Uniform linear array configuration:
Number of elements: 12
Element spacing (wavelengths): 0.25
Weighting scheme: cosine
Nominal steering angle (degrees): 45
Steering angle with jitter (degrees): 45.416
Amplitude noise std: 0.05
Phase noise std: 0.05

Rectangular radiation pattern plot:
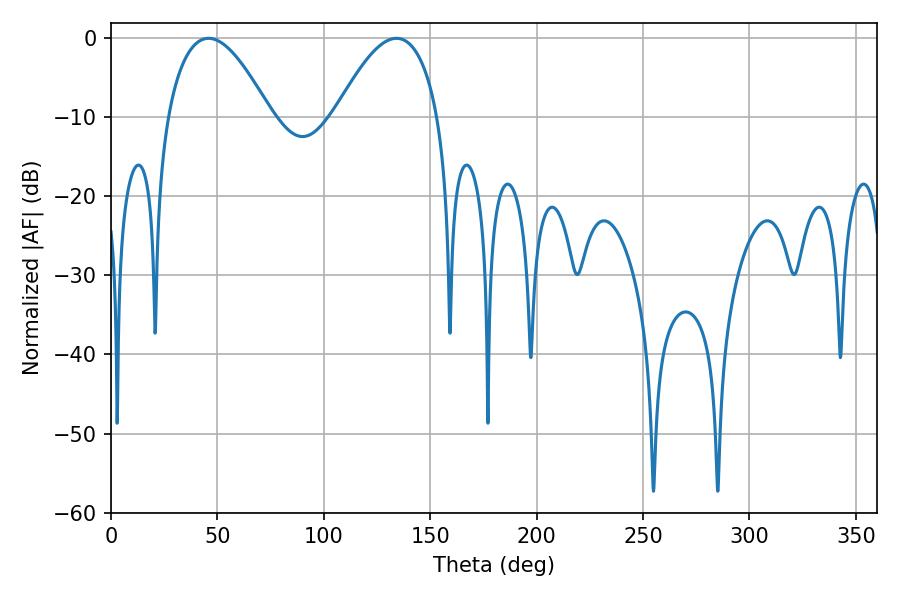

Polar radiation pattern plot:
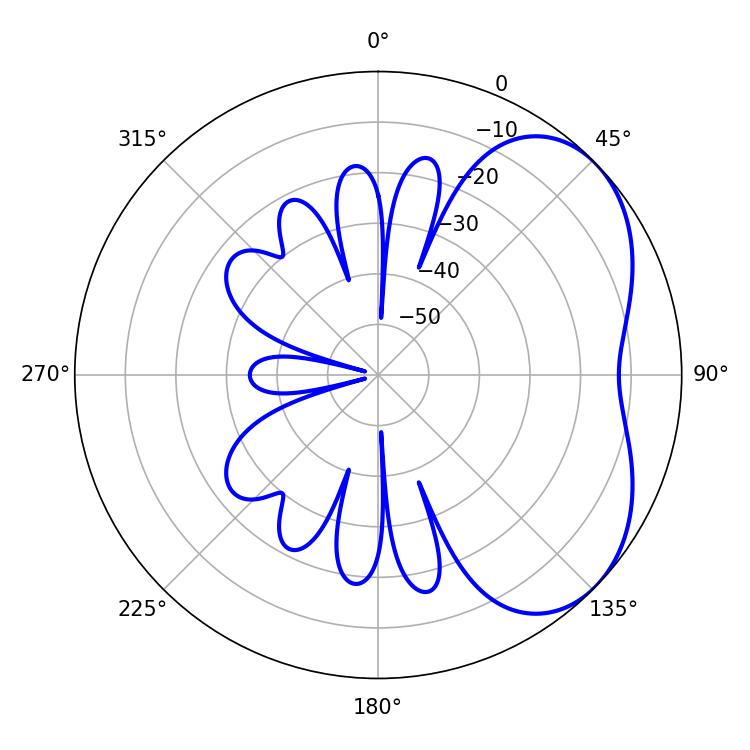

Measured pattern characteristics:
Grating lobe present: FALSE
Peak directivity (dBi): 4.231
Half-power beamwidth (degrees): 26.64
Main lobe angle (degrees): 45.9